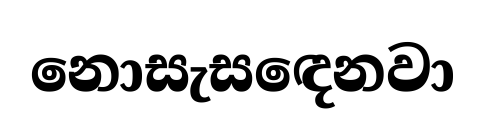
නොසැසඳෙනවා